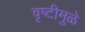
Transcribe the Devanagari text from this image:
वृष्टीमुळे